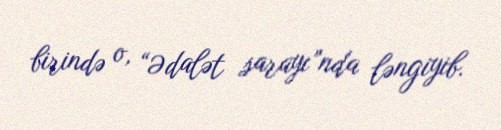
birində o, “Ədalət sarayı”nda ləngiyib.